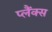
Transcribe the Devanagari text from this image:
प्लैंक्स